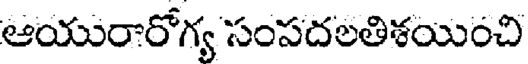
ఆయురారోగ్య సంపదలతిశయించి